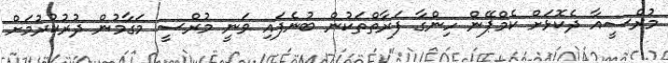
މުރްސީއާ ދެކޮޅަށް ކެމްޕޭން ހިންގާ ފަރާތްތަކުން ބުނެފައި ވަނީ މުރްސީ މަގާމުން ދުރުކުރުމަށް